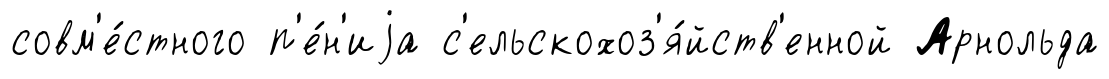
совм'е́стного п'е́н'иjа с'ельскохоз'я́йств'енной Арнольда